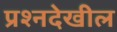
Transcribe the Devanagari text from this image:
प्रश्नदेखील